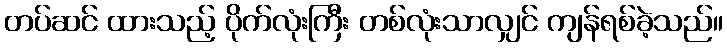
တပ်ဆင် ထားသည့် ပိုက်လုံးကြီး တစ်လုံးသာလျှင် ကျန်ရစ်ခဲ့သည်။